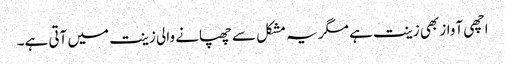
اچھی آواز بھی زینت ہے مگر یہ مشکل سے چھپانے والی زینت میں آتی ہے۔